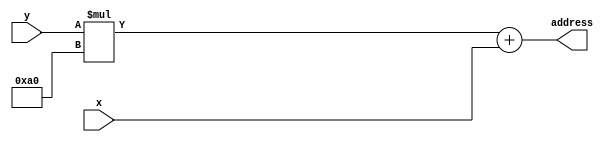

//The addressTranslator module.
module addressTranslator(input [7:0] x, input [6:0] y, output reg [14:0] address);
		
		always@(*)
		begin
			address = (y * 160) + x;
		end
	
endmodule